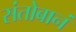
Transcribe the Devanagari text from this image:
संतोबानं